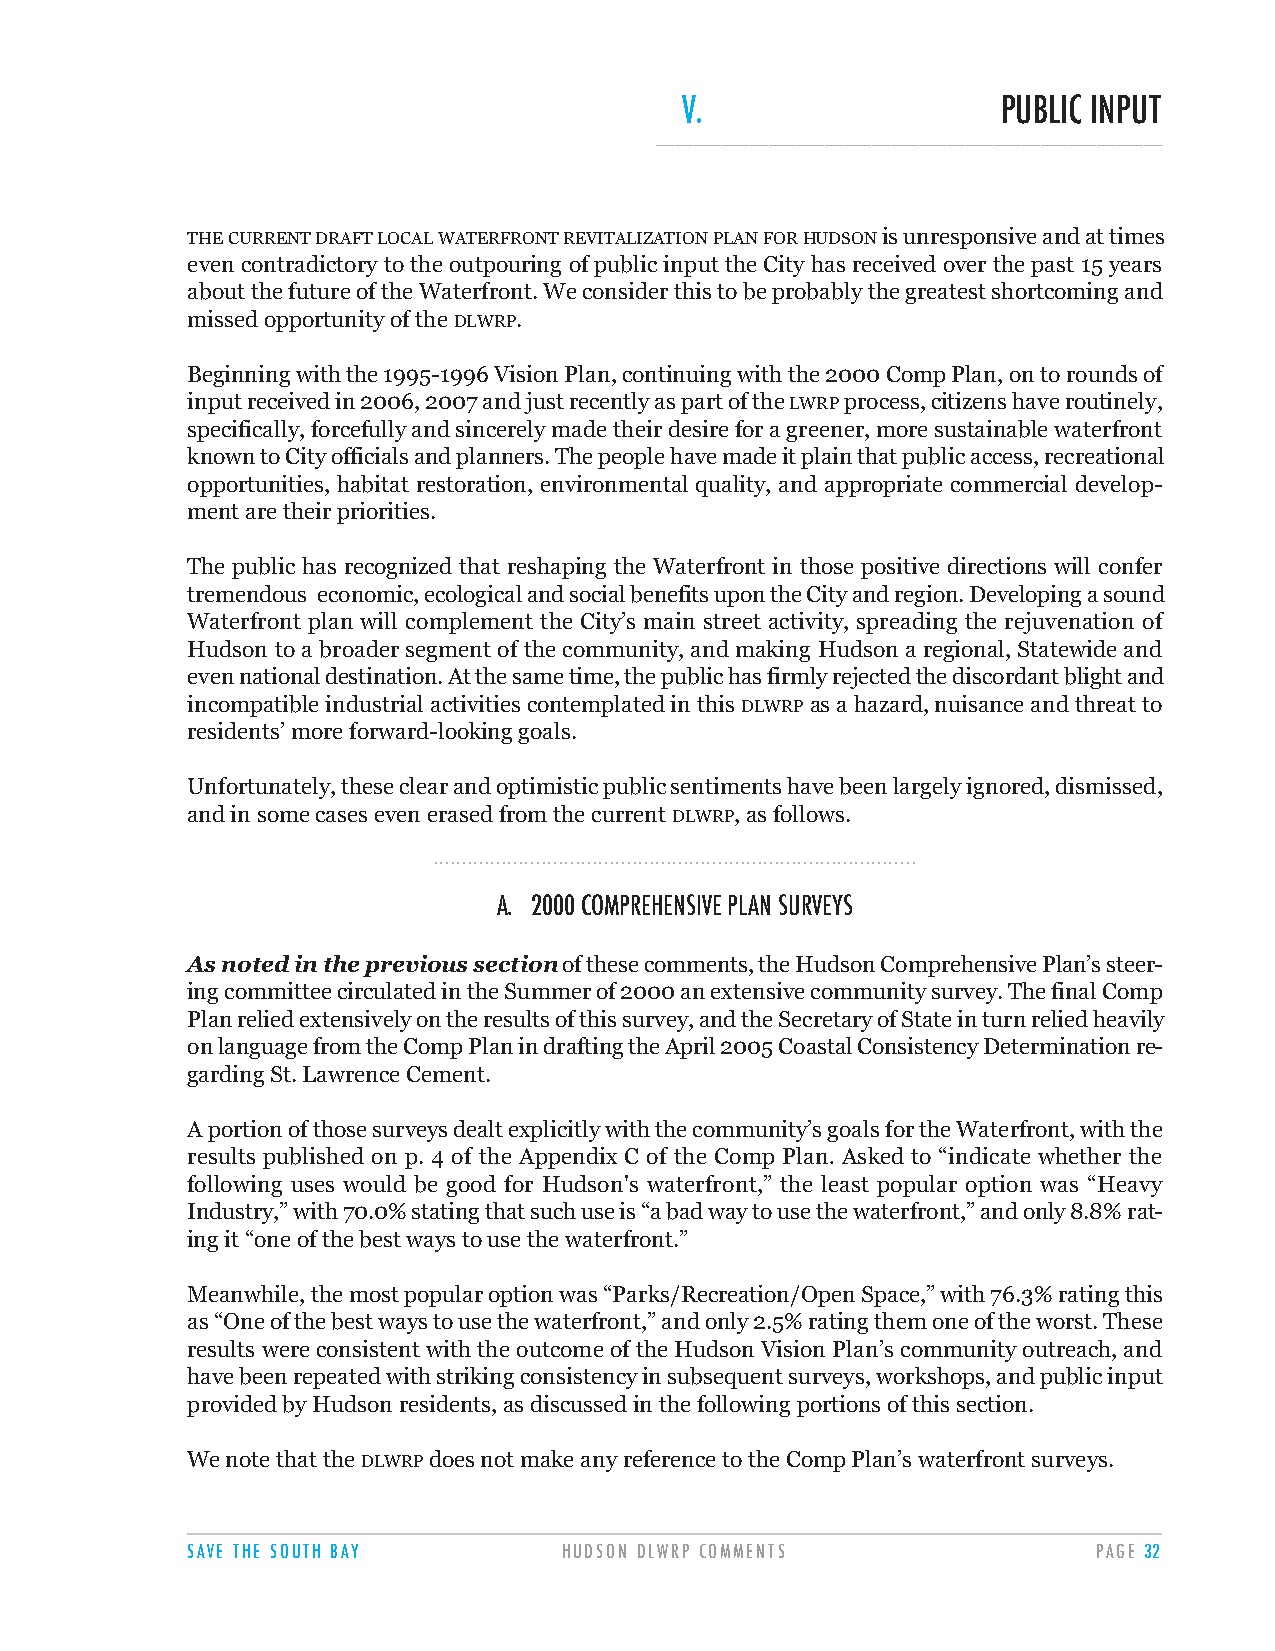
V.                   PUBLIC INPUT
 ______________________________________________________
 THECURRENTDRAFTLOCALWATERFRONTREVITALIZATIONPLANFORHUDSONis unresponsive and at times
 even contradictory to the outpouring of public input the City has received over the past 15 years
 about the future of the Waterfront. We consider this to be probably the greatest shortcoming and
 missed opportunity of the DLWRP.
 Beginning with the 1995-1996 Vision Plan, continuing with the 2000 Comp Plan, on to rounds of
 input received in 2006, 2007 and just recently as part of the LWRPprocess, citizens have routinely,
 specifically, forcefully and sincerely made their desire for a greener, more sustainable waterfront
 known to City officials and planners. The people have made it plain that public access, recreational
 opportunities, habitat restoration, environmental quality, and appropriate commercial develop-
 ment are their priorities.
 The public has recognized that reshaping the Waterfront in those positive directions will confer
 tremendous economic, ecological and social benefits upon the City and region. Developing a sound
 Waterfront plan will complement the City’s main street activity, spreading the rejuvenation of
 Hudson to a broader segment of the community, and making Hudson a regional, Statewide and
 even national destination. At the same time, the public has firmly rejected the discordant blight and
 incompatible industrial activities contemplated in this DLWRPas a hazard, nuisance and threat to
 residents’ more forward-looking goals.
 Unfortunately, these clear and optimistic public sentiments have been largely ignored, dismissed,
 and in some cases even erased from the current DLWRP, as follows.
 .....................................................................................
 A. 2000 COMPREHENSIVE PLAN SURVEYS
 As noted in the previous sectionof these comments, the Hudson Comprehensive Plan’s steer-
 ing committee circulated in the Summer of 2000 an extensive community survey. The final Comp
 Plan relied extensively on the results of this survey, and the Secretary of State in turn relied heavily
 on language from the Comp Plan in drafting the April 2005 Coastal Consistency Determination re-
 garding St. Lawrence Cement.
 A portion of those surveys dealt explicitly with the community’s goals for the Waterfront, with the
 results published on p. 4 of the Appendix C of the Comp Plan. Asked to “indicate whether the
 following uses would be good for Hudson's waterfront,” the least popular option was “Heavy
 Industry,” with 70.0% stating that such use is “a bad way to use the waterfront,” and only 8.8% rat-
 ing it “one of the best ways to use the waterfront.”
 Meanwhile, the most popular option was “Parks/Recreation/Open Space,” with 76.3% rating this
 as “One of the best ways to use the waterfront,” and only 2.5% rating them one of the worst. These
 results were consistent with the outcome of the Hudson Vision Plan’s community outreach, and
 have been repeated with striking consistency in subsequent surveys, workshops, and public input
 provided by Hudson residents, as discussed in the following portions of this section.
 We note that the DLWRPdoes not make any reference to the Comp Plan’s waterfront surveys.
 SAVE THE SOUTH BAY       HUDSON DLWRP COMMENTS               PAGE 32